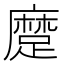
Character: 𨄬